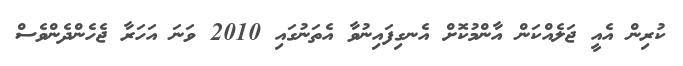
ކުރިން އެއީ ޖަލެއްކަން އާންމުކޮށް އެނގިފައިނުވާ އެތަނުގައި 2010 ވަނަ އަހަރާ ޖެހެންދެންވެސް